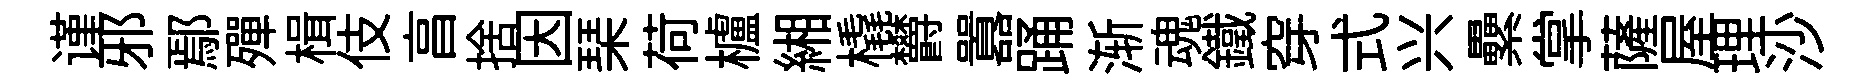
谨邪鄢殫楫伎亯捨因琹荷櫨緗橇欝囂踊渐魂鐵穿式兴纍掌薩屋理沙